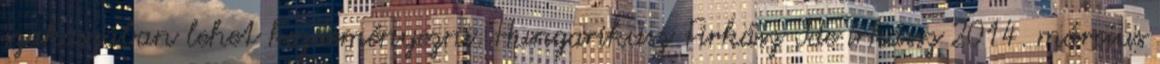
szakaszában lehet kezdeményezni. Hungarikusz Firkász Ide írkássz 2014. március